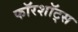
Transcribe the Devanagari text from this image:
फॉरशॉट्स